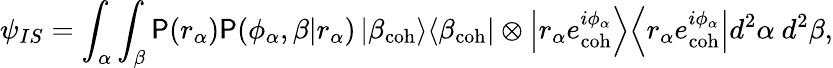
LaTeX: \psi_{IS}=\int_{\alpha}\int_{\beta}\mathsf{P}(r_{\alpha})\mathsf{P}(\phi_{\alpha},\beta|r_{\alpha})\left|\beta_{\mathrm{{coh}}}\middle>\middle<\beta_{\mathrm{{coh}}}\right|\otimes\left|r_{\alpha}e_{\mathrm{{coh}}}^{i\phi_{\alpha}}\middle>\middle<r_{\alpha}e_{\mathrm{{coh}}}^{i\phi_{\alpha}}\right|d^{2}\alpha~d^{2}\beta,